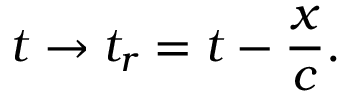
t \to t _ { r } = t - \frac { x } { c } .